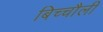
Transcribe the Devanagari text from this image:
बिच्चौली